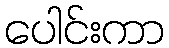
ပေါင်းကာ